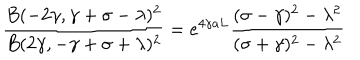
LaTeX: \frac { B ( - 2 \gamma , \gamma + \sigma - \lambda ) ^ { 2 } } { B ( 2 \gamma , - \gamma + \sigma + \lambda ) ^ { 2 } } = e ^ { 4 \gamma a L } \frac { ( \sigma - \gamma ) ^ { 2 } - \lambda ^ { 2 } } { ( \sigma + \gamma ) ^ { 2 } - \lambda ^ { 2 } }